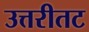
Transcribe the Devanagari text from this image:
उत्तरीतट